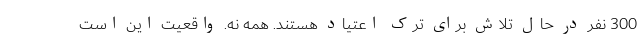
300 نفر در حال تلاش برای ترک اعتیاد هستند. همه نه. واقعیت این است